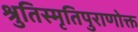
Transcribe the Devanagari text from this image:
श्रुतिस्मृतिपुराणोक्त